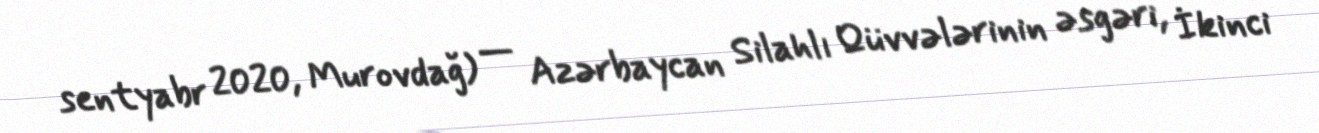
sentyabr 2020, Murovdağ) — Azərbaycan Silahlı Qüvvələrinin əsgəri, İkinci